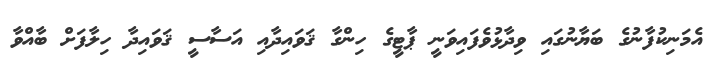
އެމަނިކުފާނުގެ ބަޔާނުގައި ވިދާޅުވެފައިވަނީ ޕާޓީގެ ހިންގާ ޤަވައިދާއި އަސާސީ ޤަވައިދާ ހިލާފަށް ބާއްވާ